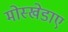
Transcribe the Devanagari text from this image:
मोस्खेडाए